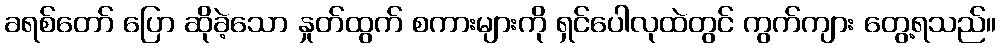
ခရစ်တော် ပြော ဆိုခဲ့သော နှုတ်ထွက် စကားများကို ရှင်ပေါလုထဲတွင် ကွက်ကျား တွေ့ရသည်။